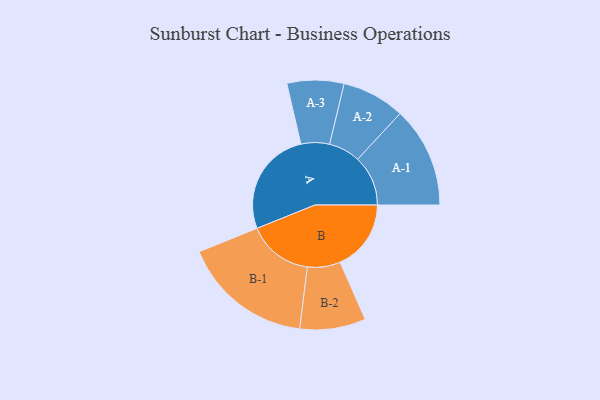
{"axis": {"x": "Segment", "y": "Value"}, "legend": ["", "A", "B"], "data": [{"x": "A", "y": 376, "type": ""}, {"x": "B", "y": 252, "type": ""}, {"x": "A-1", "y": 179, "type": "A"}, {"x": "A-2", "y": 112, "type": "A"}, {"x": "A-3", "y": 101, "type": "A"}, {"x": "B-1", "y": 232, "type": "B"}, {"x": "B-2", "y": 117, "type": "B"}]}